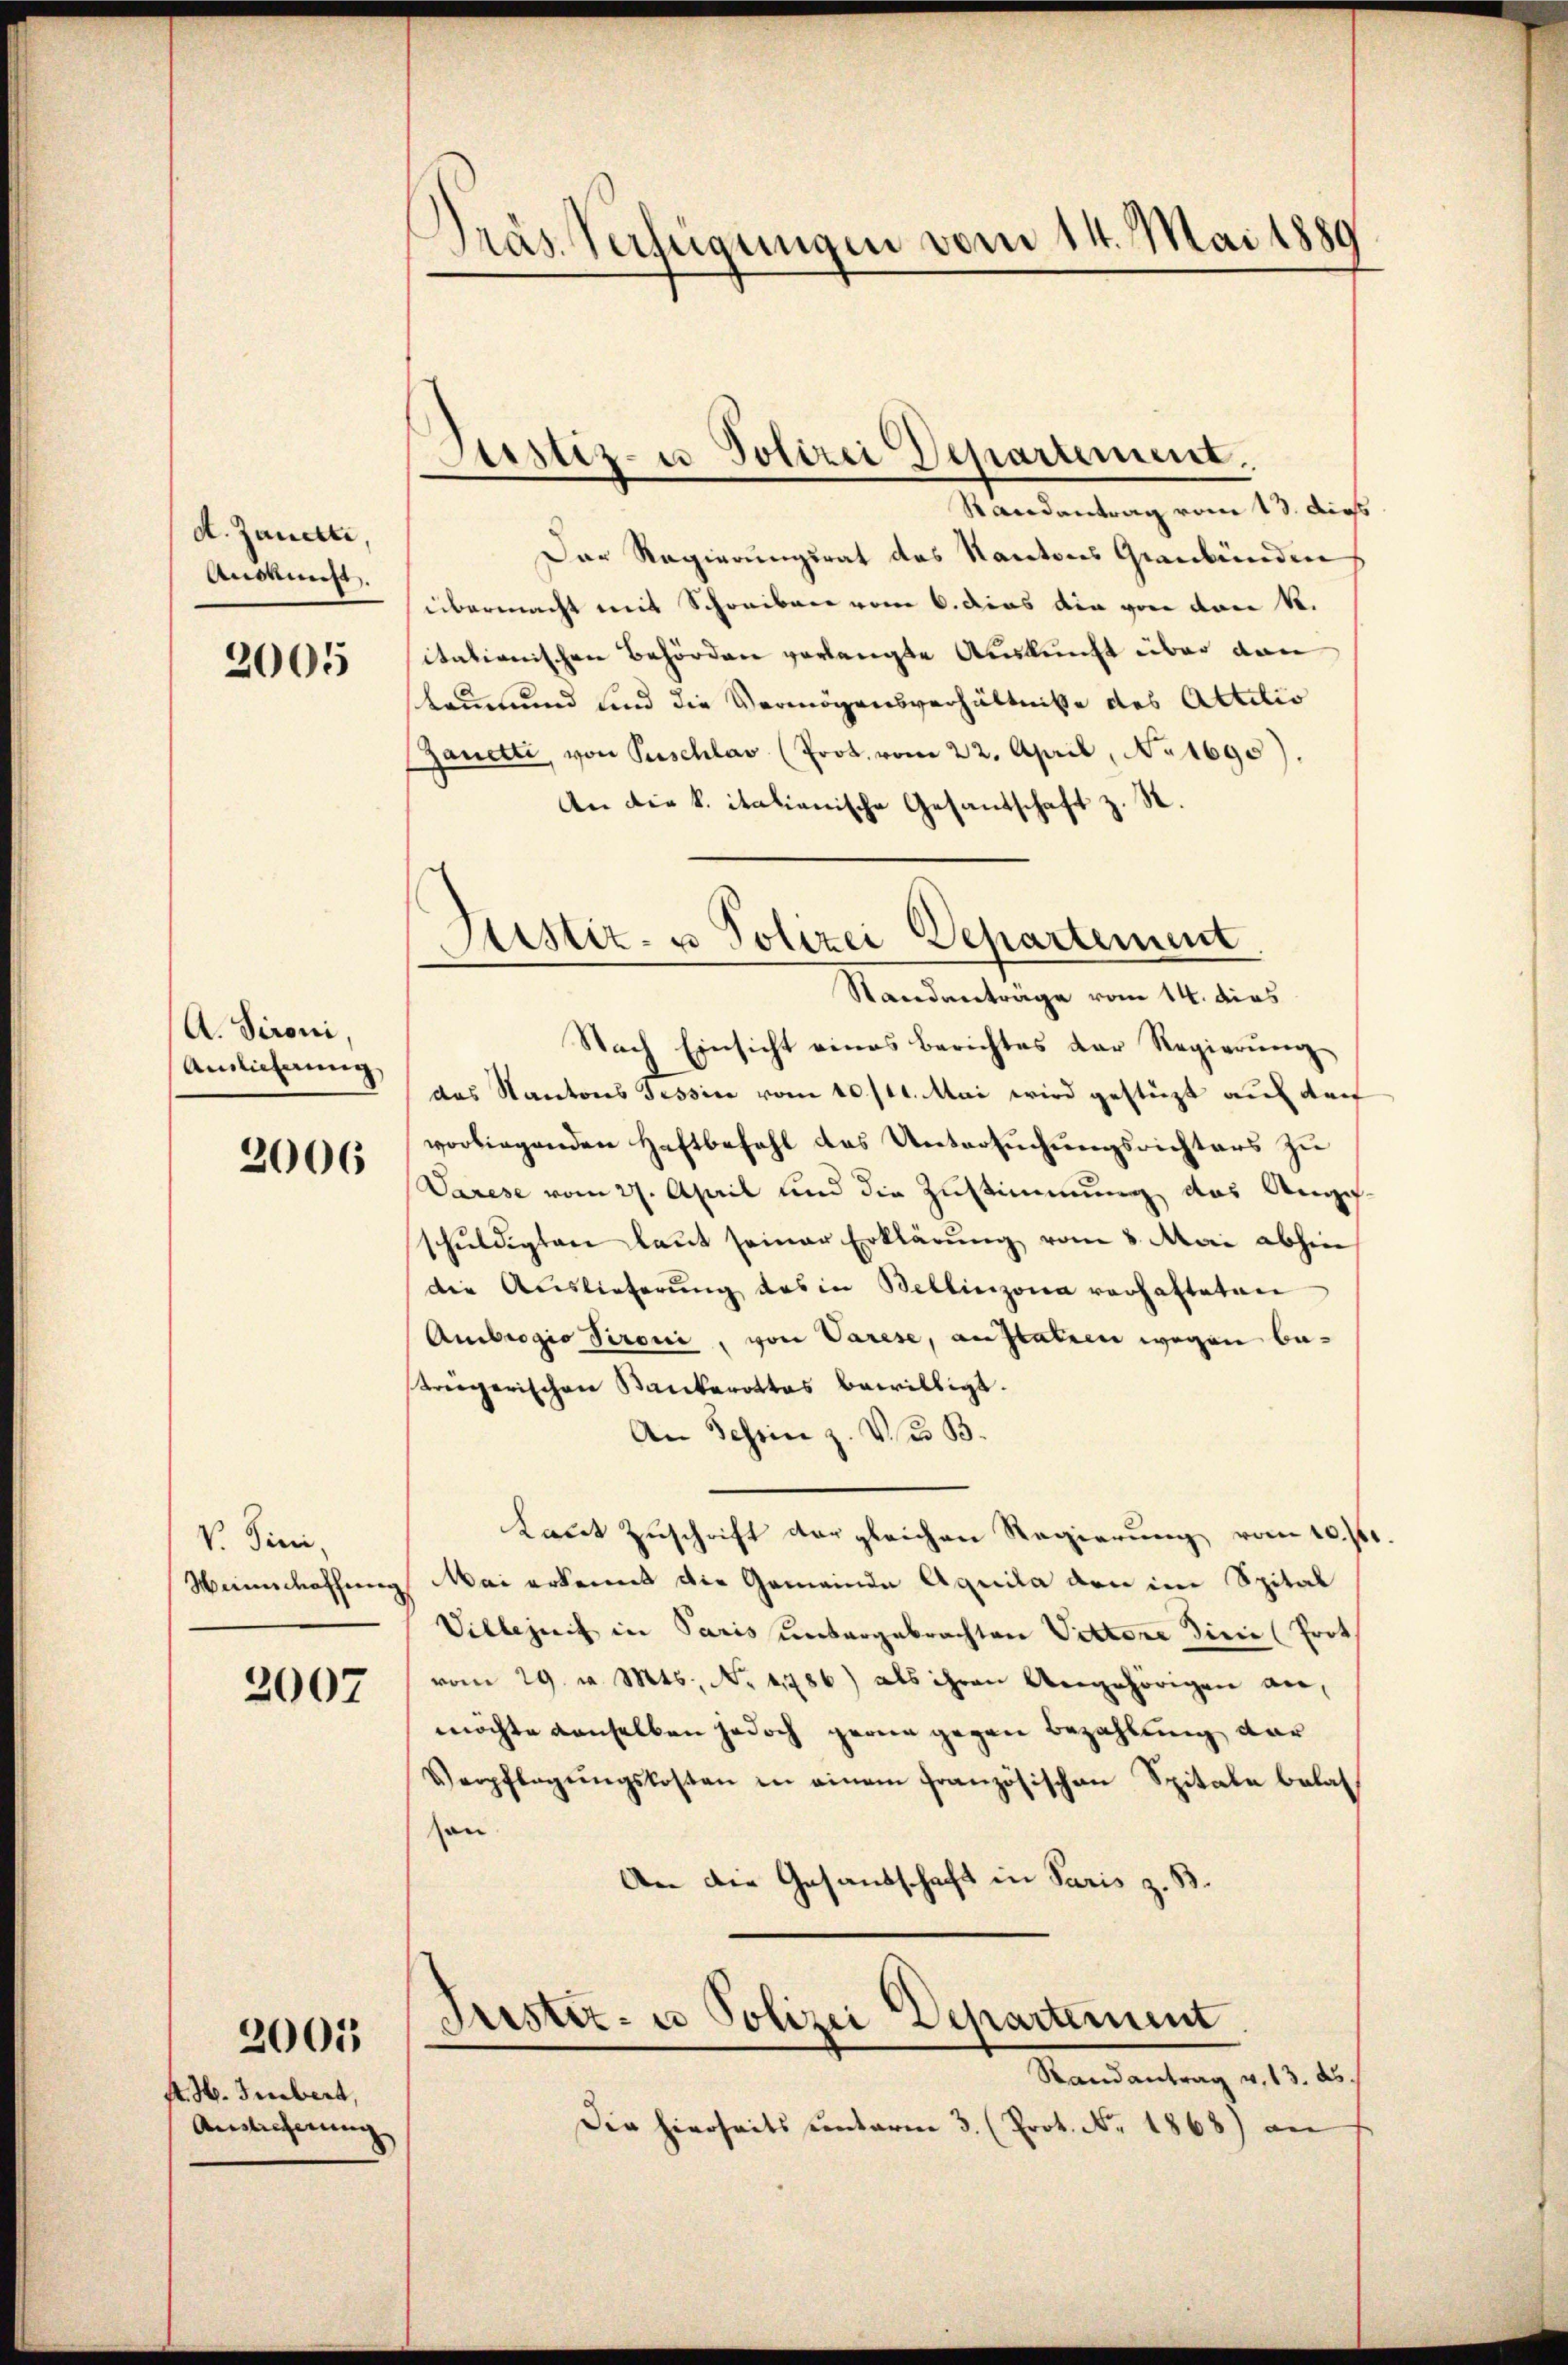
d. Zanckte,
Anskunst.

2005

A. Sironi,
Ainlicherung

2006

V. Tini,

2007

st. H. Imbert,
Andlicherung |

2005

Präs. Verfügungen vom 14. Mai 1889

Randantrag vom 13. dich
Der Regierungsrat des Kantons Graubünden
übermacht mit Schreiben vom 6. dies die von von 4.
itationischen Behörden verlangte Auskunft über dan
kaum und sind die Vermögensverhältniße des Attilio
Zanette, von Puschlav (Prot. vom 22. April, No 1690)
An die k. italienische Gesandschaft z. R.
Nach Einsicht eines Berichtes der Regierung
das Kantons Tessine vom 10/11. Mai wird gestüzt auf der
vorliegenden Haftbefehl des Untersuchungsrichters zu
Varese vom 27. April und die Zustimmung des Angef
schuldigten laut seiner Erklärung vom 8. Mai abhin
die Auslieferŭng des in Bellinzona verhafteten
Ambrogio Sironi, von Varese, anstatien wegen betreigerischen Bankerottas bewilligt.
An Schein z. V. B.
kannt Zuschrift der gleichen Regierung vom 10.st
Weinschaffung Mai erkennt die Gemeinde Aquila den im Spital
Villezeit in Paris untergebrachten Vettere dicii (Prot
vom 29. v. Mts. No. 1786) als ihren Angehörigen an,
möchte denselben jedoch gerne gegen Bezahlung dar
Verpflegŭngskosten in einem französischen Spitale belas
on
An die Gesandschaft in Paris z. B.
Frister- u Polizei Departement
Randantrag u. 13. ds.
Die hierseits unterm 3. (Prot. No. 1868) an

Justiz- u Polizei Departement.

Astiz- u Polizei Departement
Standanträge vom 14. dies